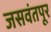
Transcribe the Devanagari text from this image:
जसवंतपूर